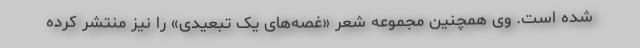
شده است. وی همچنین مجموعه شعر «غصه‌های یک تبعیدی» را نیز منتشر کرده